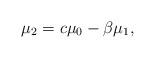
LaTeX: \begin{gather*}\mu_{2}=c\mu_{0}-\beta\mu_{1},\end{gather*}